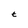
Character: t